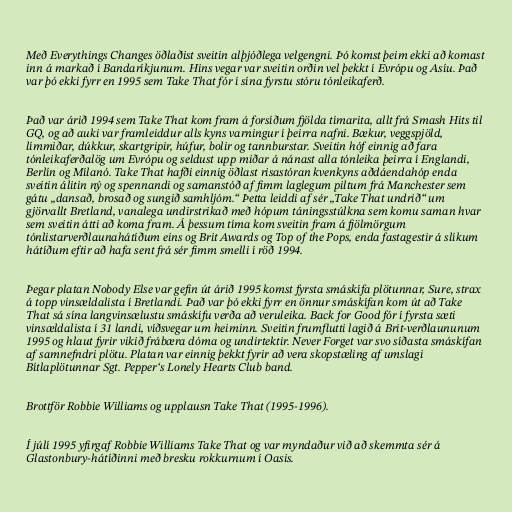
Með Everythings Changes öðlaðist sveitin alþjóðlega velgengni. Þó komst þeim ekki að komast
inn á markað í Bandaríkjunum. Hins vegar var sveitin orðin vel þekkt í Evrópu og Asíu. Það
var þó ekki fyrr en 1995 sem Take That fór í sína fyrstu stóru tónleikaferð.

Það var árið 1994 sem Take That kom fram á forsíðum fjölda tímarita, allt frá Smash Hits til
GQ, og að auki var framleiddur alls kyns varningur í þeirra nafni. Bækur, veggspjöld,
límmiðar, dúkkur, skartgripir, húfur, bolir og tannburstar. Sveitin hóf einnig að fara
tónleikaferðalög um Evrópu og seldust upp miðar á nánast alla tónleika þeirra í Englandi,
Berlín og Mílanó. Take That hafði einnig öðlast risastóran kvenkyns aðdáendahóp enda
sveitin álitin ný og spennandi og samanstóð af fimm laglegum piltum frá Manchester sem
gátu „dansað, brosað og sungið samhljóm.“ Þetta leiddi af sér „Take That undrið“ um
gjörvallt Bretland, vanalega undirstrikað með hópum táningsstúlkna sem komu saman hvar
sem sveitin átti að koma fram. Á þessum tíma kom sveitin fram á fjölmörgum
tónlistarverðlaunahátíðum eins og Brit Awards og Top of the Pops, enda fastagestir á slíkum
hátíðum eftir að hafa sent frá sér fimm smelli í röð 1994.

Þegar platan Nobody Else var gefin út árið 1995 komst fyrsta smáskífa plötunnar, Sure, strax
á topp vinsældalista í Bretlandi. Það var þó ekki fyrr en önnur smáskífan kom út að Take
That sá sína langvinsælustu smáskífu verða að veruleika. Back for Good fór í fyrsta sæti
vinsældalista í 31 landi, víðsvegar um heiminn. Sveitin frumflutti lagið á Brit-verðlaununum
1995 og hlaut fyrir vikið frábæra dóma og undirtektir. Never Forget var svo síðasta smáskífan
af samnefndri plötu. Platan var einnig þekkt fyrir að vera skopstæling af umslagi
Bítlaplötunnar Sgt. Pepper‘s Lonely Hearts Club band.

Brottför Robbie Williams og upplausn Take That (1995-1996).

Í júlí 1995 yfirgaf Robbie Williams Take That og var myndaður við að skemmta sér á
Glastonbury-hátíðinni með bresku rokkurnum í Oasis.